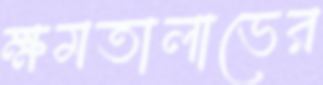
ক্ষমতালাভের